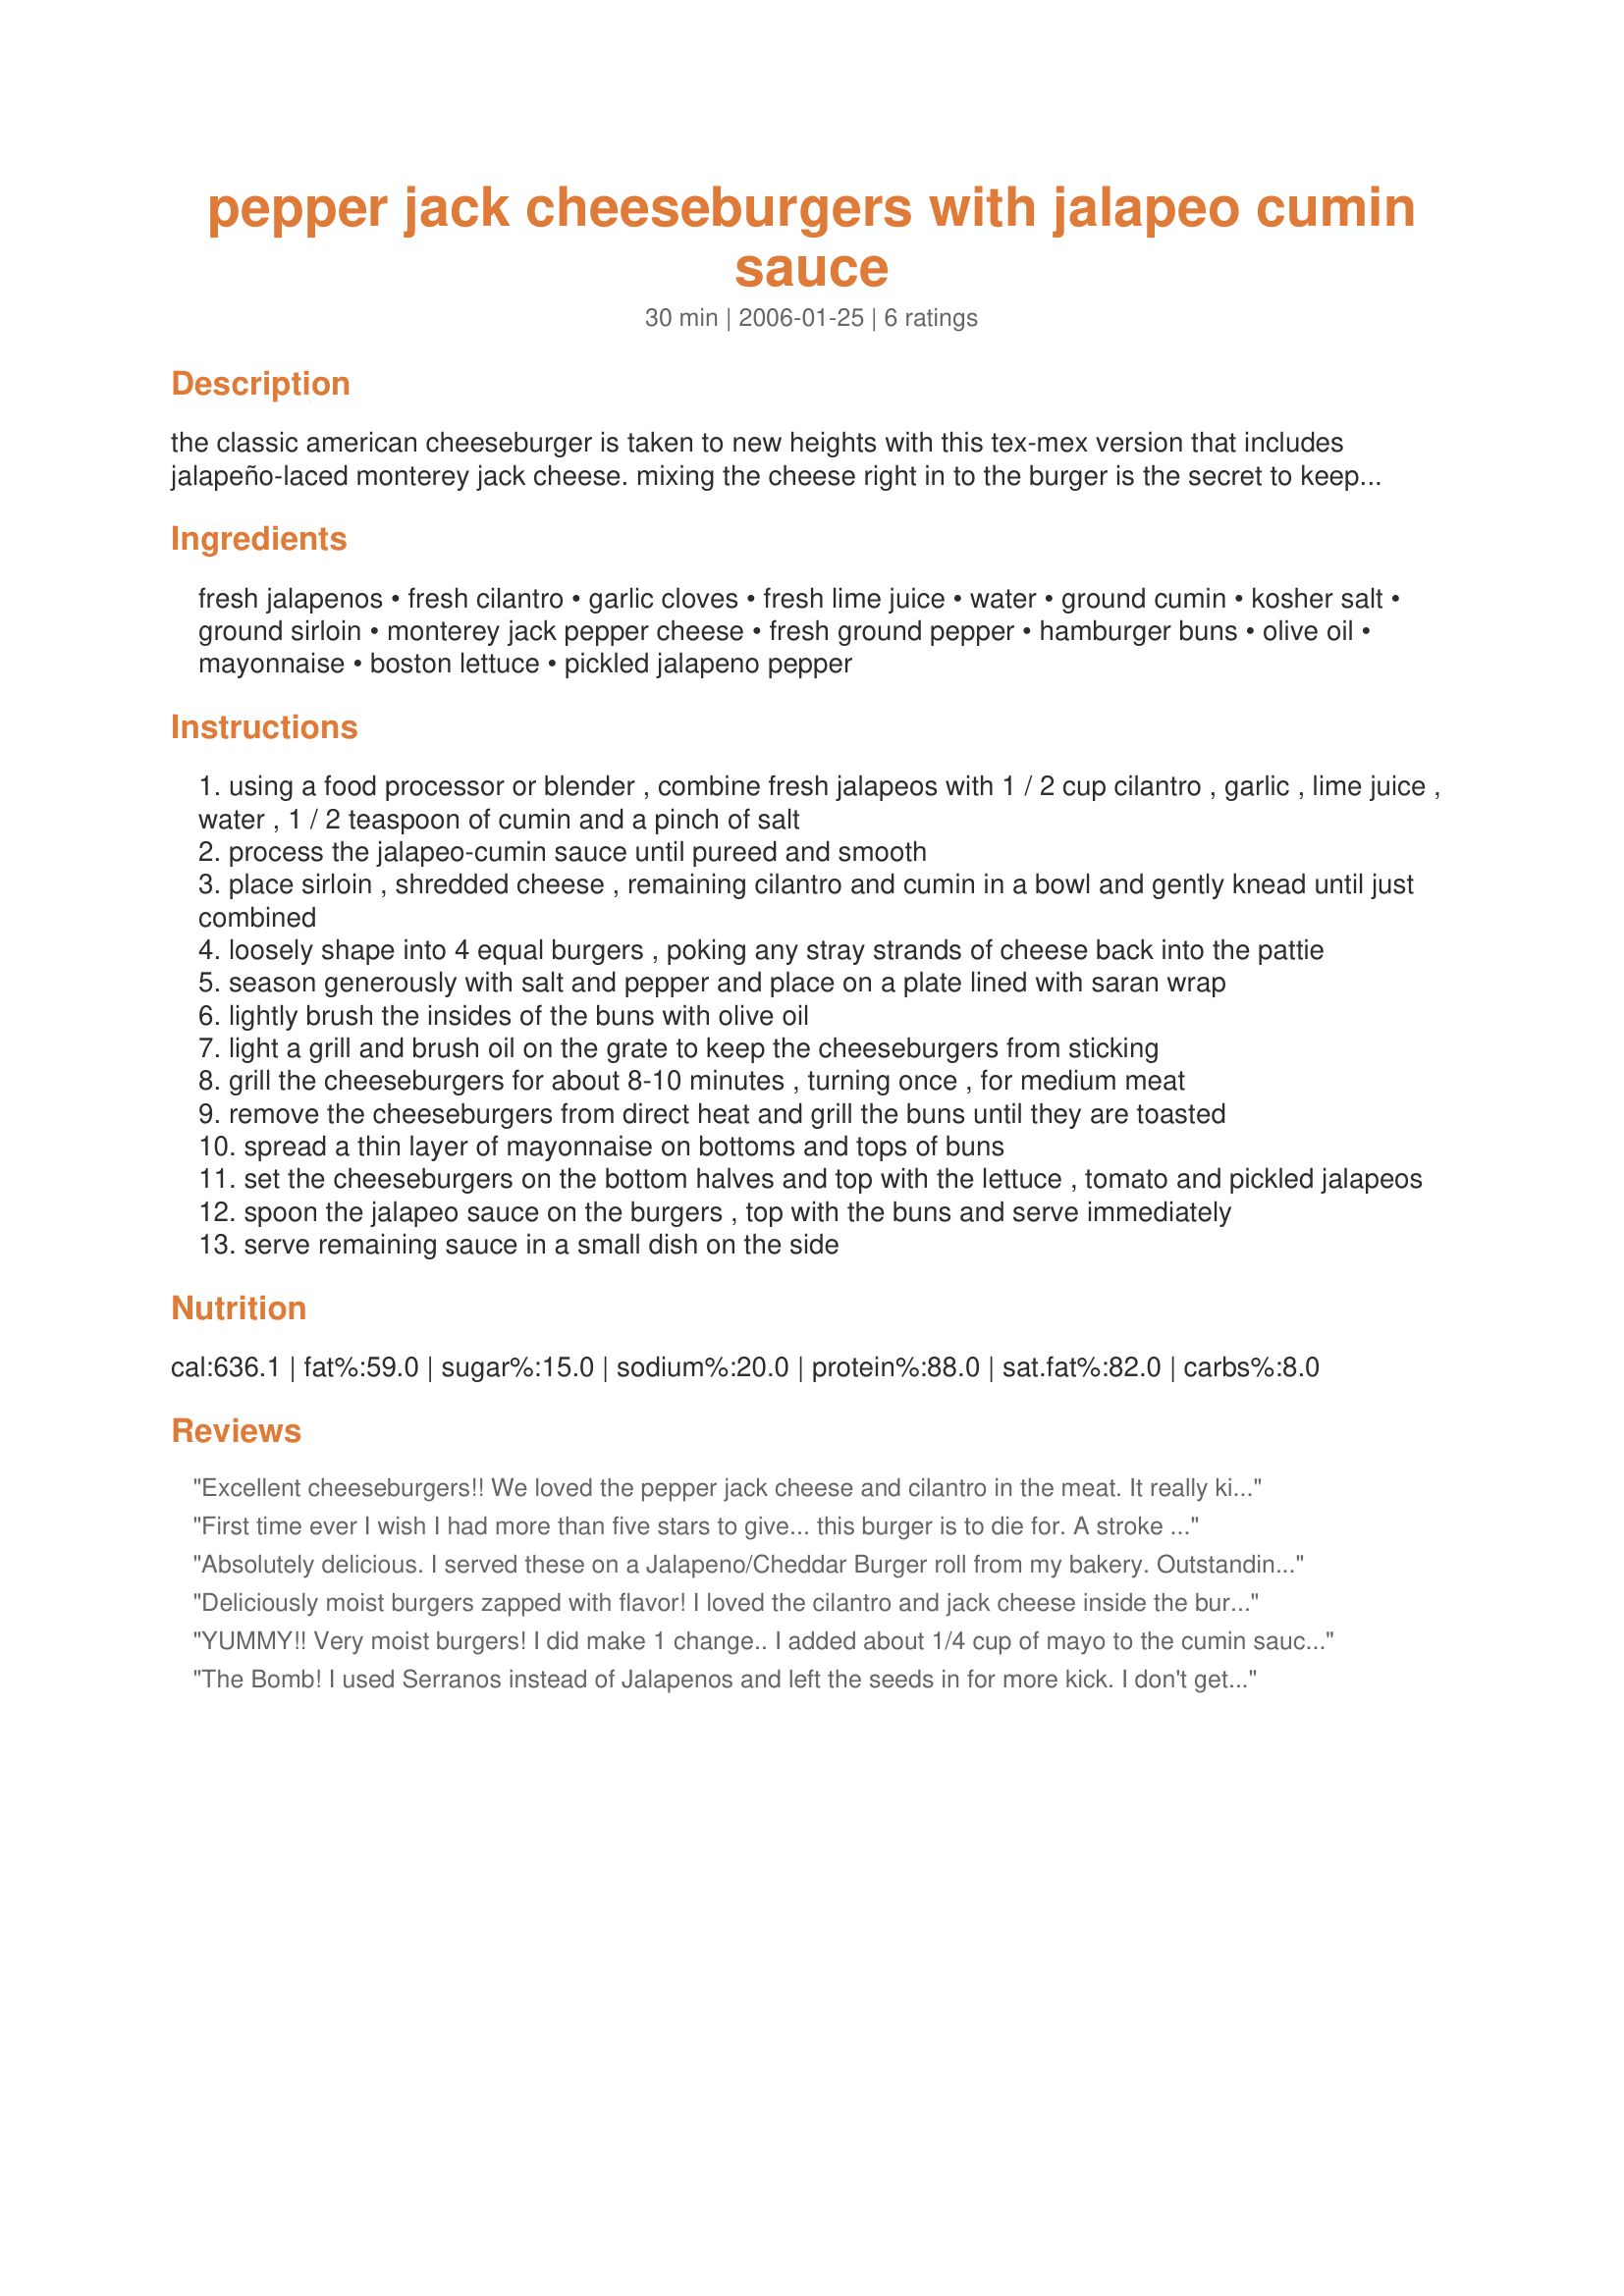
pepper jack cheeseburgers with jalapeo cumin sauce
Preparation time: 30 minutes

the classic american cheeseburger is taken to new heights with this tex-mex version that includes jalapeño-laced monterey jack cheese. mixing the cheese right in to the burger is the secret to keeping the burgers moist even when cooked through. the burgers do have a tendency to stick to the grill so be sure to oil the grate before cooking. this recipe was adapted from the king of the grill, steven raichlen. beer recommendations: the heat from the peppers and the richness of the cheese calls for a solid esb with a hoppy aroma and slightly sweet & citrusy tang like young’s special london ale. if you are searching for a beverage that is not quite so hoppy try a dark lager like negra modello for a smooth finish that is sure to please all.

Ingredients:
fresh jalapenos, fresh cilantro, garlic cloves, fresh lime juice, water, ground cumin, kosher salt, ground sirloin, monterey jack pepper cheese, fresh ground pepper, hamburger buns, olive oil, mayonnaise, boston lettuce, pickled jalapeno pepper

Steps:
using a food processor or blender , combine fresh jalapeos with 1 / 2 cup cilantro , garlic , lime juice , water , 1 / 2 teaspoon of cumin and a pinch of salt
process the jalapeo-cumin sauce until pureed and smooth
place sirloin , shredded cheese , remaining cilantro and cumin in a bowl and gently knead until just combined
loosely shape into 4 equal burgers , poking any stray strands of cheese back into the pattie
season generously with salt and pepper and place on a plate lined with saran wrap
lightly brush the insides of the buns with olive oil
light a grill and brush oil on the grate to keep the cheeseburgers from sticking
grill the cheeseburgers for about 8-10 minutes , turning once , for medium meat
remove the cheeseburgers from direct heat and grill the buns until they are toasted
spread a thin layer of mayonnaise on bottoms and tops of buns
set the cheeseburgers on the bottom halves and top with the lettuce , tomato and pickled jalapeos
spoon the jalapeo sauce on the burgers , top with the buns and serve immediately
serve remaining sauce in a small dish on the side

Reviews:
Excellent cheeseburgers!! We loved the pepper jack cheese and cilantro in the meat. It really kicked the flavor up a notch. I have a couple of lightweights in my family, and they refused to try the jalapeno-cumin sauce. The rest of us loved it. Cilantro and cumin are two of my favorite seasonings, so I knew it was going to be good. Thank you for sharing this wonderful recipe...it is definitely a keeper!!
First time ever I wish I had more than five stars to give... this burger is to die for. A stroke of genious to put cheese in the burger itself, makes it so moist and flavourful. I'll be making this again... soon, and again and again. Thank you so much Cheryl!
Absolutely delicious. I served these on a Jalapeno/Cheddar Burger roll from my bakery. Outstanding burger.
Deliciously moist burgers zapped with flavor! I loved the cilantro and jack cheese inside the burger 
(although the boys still wanted more on top too). At the last moment I noticed my jalapeno 
pepper was looking a bit funky, so I decided to try some Tobasco Chipotle Pepper sauce in place of it.Everyone said Great, Great, Great! Thanks NCMS, for sharing a great recipe!
YUMMY!! Very moist burgers!
I did make 1 change.. I added about 1/4 cup of mayo to the cumin sauce. That really rocked. 
Thanks for an awesome burger recipe! :)
The Bomb! I used Serranos instead of Jalapenos and left the seeds in for more kick. I don't get Jalapeno Jack cheese here so I used shredded Gouda with de Arbol chile flakes. Will make it again for sure.
